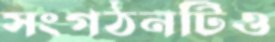
সংগঠনটিও